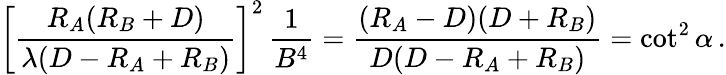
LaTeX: \left[{\frac{R_{A}(R_{B}+D)}{\lambda(D-R_{A}+R_{B})}}\right]^{2}\, {\frac{1}{B^{4}}}={\frac{(R_{A}-D)(D+R_{B})}{D(D-R_{A}+R_{B})}}=\cot^{2}\alpha\, .